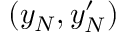
( y _ { N } , y _ { N } ^ { \prime } )